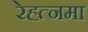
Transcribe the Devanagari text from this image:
रेह्त्नमा